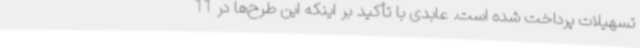
تسهیلات پرداخت شده است. عابدی با تأکید بر اینکه این طرح‌ها در 11